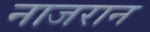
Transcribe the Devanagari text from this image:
नाजरान